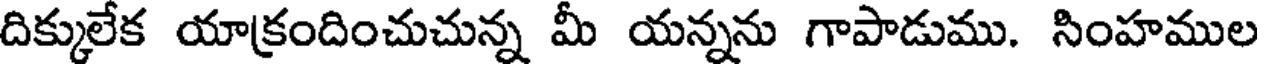
దిక్కులేక యాక్రందించుచున్న మీ యన్నను గాపాడుము. సింహముల